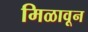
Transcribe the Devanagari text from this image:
मिळावून